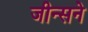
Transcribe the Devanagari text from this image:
जीन्सने